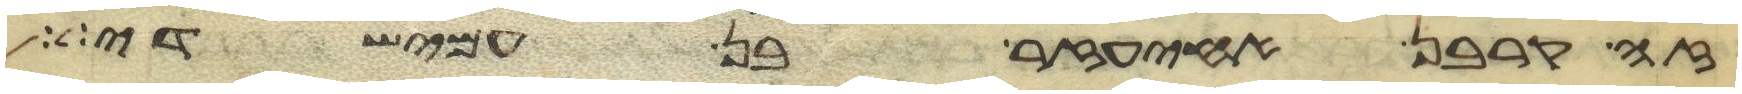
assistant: זה קרבן אחיעזר בן עמישדי